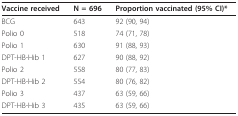
<table><thead><tr><td><b>Vaccine received</b></td><td><b>N = 696</b></td><td><b>Proportion vaccinated (95% CI)*</b></td></tr></thead><tbody><tr><td>BCG</td><td>643</td><td>92 (90, 94)</td></tr><tr><td>Polio 0</td><td>518</td><td>74 (71, 78)</td></tr><tr><td>Polio 1</td><td>630</td><td>91 (88, 93)</td></tr><tr><td>DPT-HB-Hib 1</td><td>627</td><td>90 (88, 92)</td></tr><tr><td>Polio 2</td><td>558</td><td>80 (77, 83)</td></tr><tr><td>DPT-HB-Hib 2</td><td>554</td><td>80 (76, 82)</td></tr><tr><td>Polio 3</td><td>437</td><td>63 (59, 66)</td></tr><tr><td>DPT-HB-Hib 3</td><td>435</td><td>63 (59, 66)</td></tr></tbody></table>